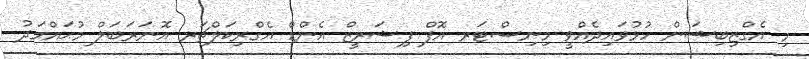
މި އެގްޒިބިޝަން ހުޅުވައިދެއްވީ މިނިސްޓަރ އޮފް ފިޝަރީޒް އެންޑް އެގްރިކަލްޗަރ އޮނަރަބަލް މުޙައްމަދު